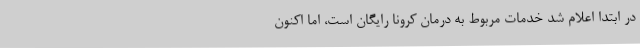
در ابتدا اعلام شد خدمات مربوط به درمان کرونا رایگان است، اما اکنون